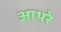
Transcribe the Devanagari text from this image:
आथरे